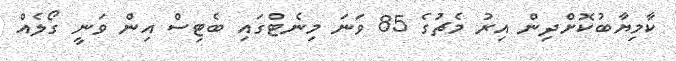
ކާމިޔާބުކޮށްދިން އިރު މެޗުގެ 85 ވަނަ މިނެޓްގައި ބެޓިސް އިން ވަނީ ގޯލެއް